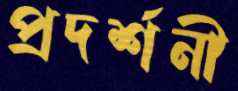
প্রদর্শনী